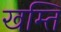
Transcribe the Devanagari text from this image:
खम्ति